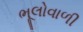
ભૂલોવાળી